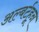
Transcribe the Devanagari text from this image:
अल्बर्टहून